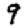
Digit: 9